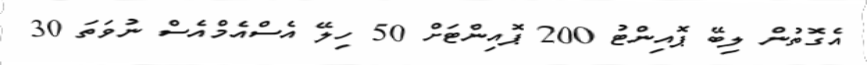
އެގޮތުން ލިބޭ ޕޮއިންޓު 200 ޕޮއިންޓަށް 50 ހިލޭ އެސްއެމްއެސް ނުވަތަ 30